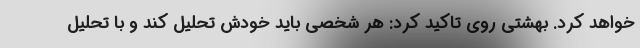
خواهد کرد. بهشتی روی تاکید کرد: هر شخصی باید خودش تحلیل کند و با تحلیل